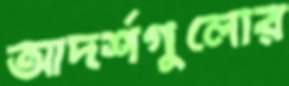
আদর্শগুলোর